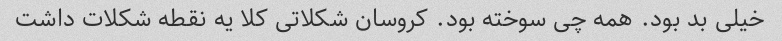
خیلی بد بود. همه چی سوخته بود. کروسان شکلاتی کلا یه نقطه شکلات داشت